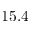
1 5 . 4